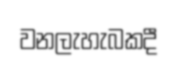
වනලැහැබකදී